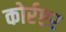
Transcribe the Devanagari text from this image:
कोर्रप्टर